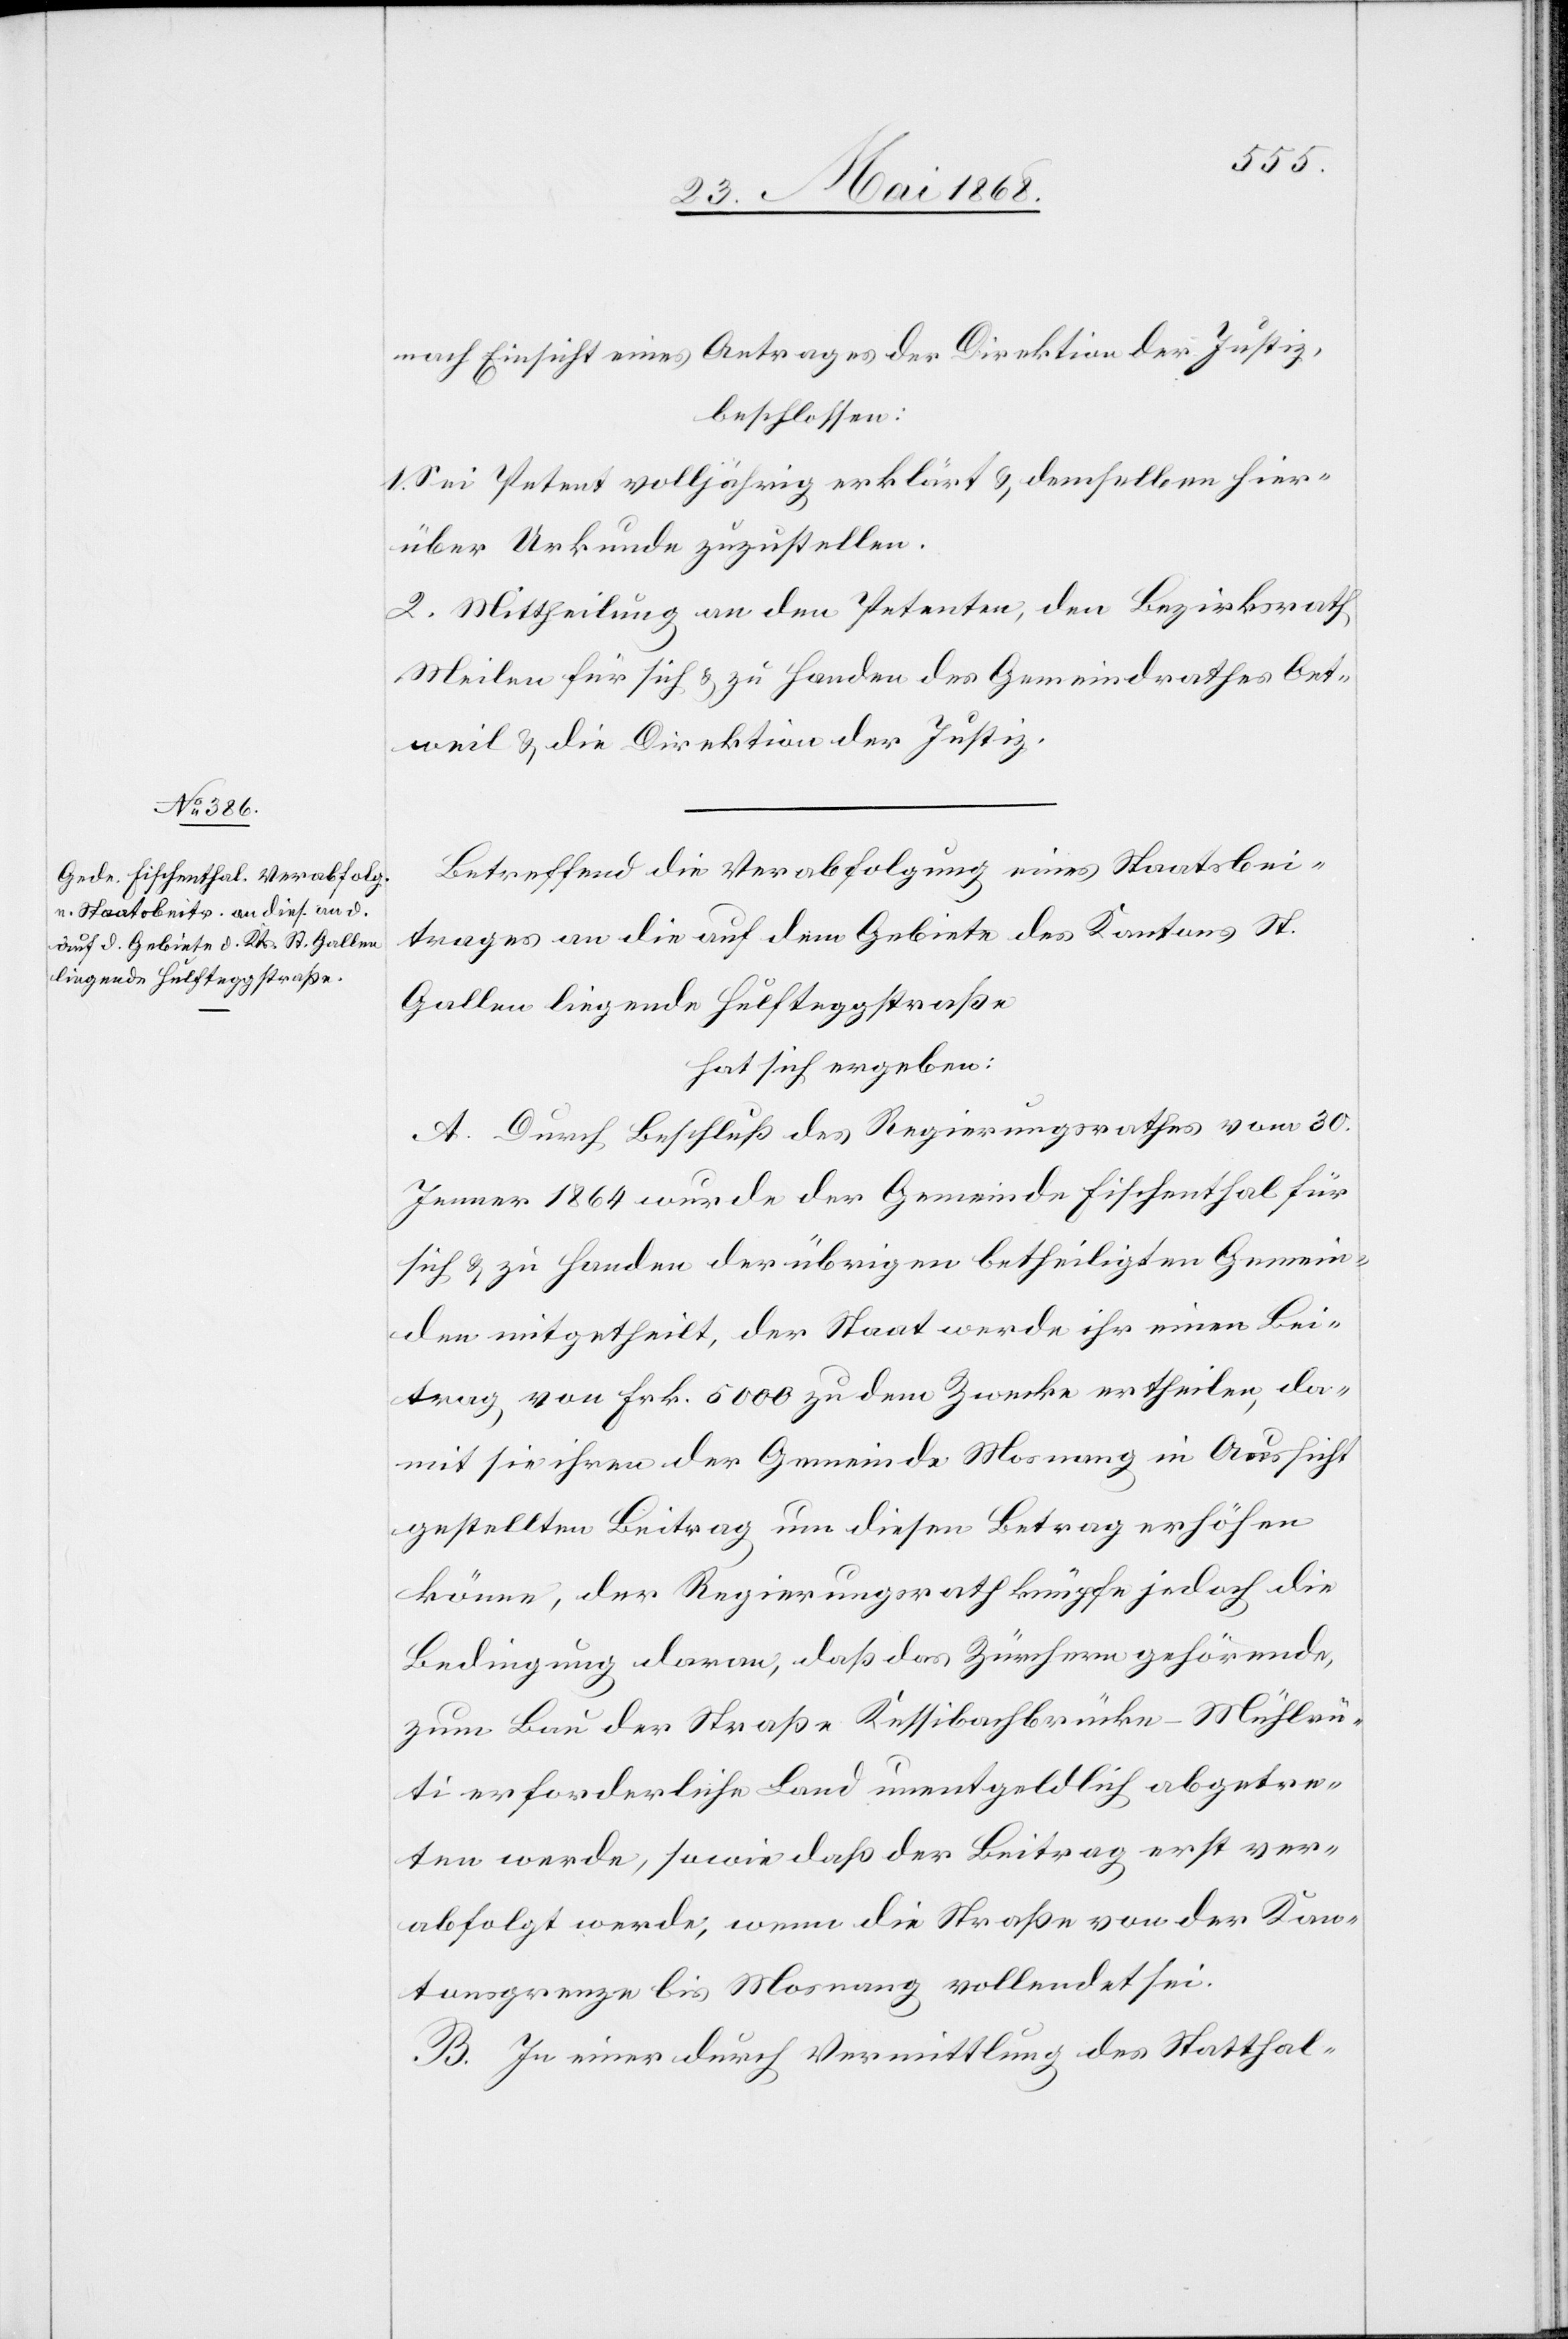
nach Einsicht eines Antrages der Direktion der Justiz,
beschlossen:
1. Sei Petent volljährig erklärt & demselben hier¬
über Urkunde zuzustellen.
2. Mittheilung an den Petenten, den Bezirksrath
Meilen für sich & zu Handen des Gemeindrathes Oet¬
weil & die Direktion der Justiz.
Betreffend die Verabfolgung eines Staatsbei¬
trages an die auf dem Gebiete des Kantons St.
Gallen liegende Hulfteggstraße
hat sich ergeben:
A. Durch Beschluß des Regierungsrathes vom 30.
Jenner 1864 wurde der Gemeinde Fischenthal für
sich & zu Handen der übrigen betheiligten Gemein¬
den mitgetheilt, der Staat werde ihr einen Bei¬
trag von Frk. 5000 zu dem Zwecke ertheilen, da¬
mit sie ihren der Gemeinde Mosnang in Aussicht
gestellten Beitrag um diesen Betrag erhöhen
könne, der Regierungsrath knüpfe jedoch die
Bedingung daran, daß das Zürchern gehörende,
zum Bau der Straße Kessibachbrücke-Mühlrü¬
ti erforderliche Land unentgeldlich abgetre¬
ten werde, sowie daß der Beitrag erst ver¬
abfolgt werde, wenn die Straße von der Kan¬
tonsgrenze bis Mosnang vollendet sei.
B. In einer durch Vermittlung des Statthal-